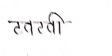
मजकूर: टवटवी